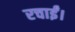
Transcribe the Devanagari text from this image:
रचाईं।